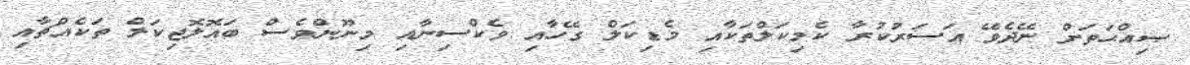
ޞިއްޙަތަށް ނޭދެވޭ އަސަރުކުރާ ކެމިކަލްތަކާއި މެޑިކަލް ގޭހާއި ވެކްސިނާއި މިނޫންވެސް ބައޮލޮޖިކަލް ތަކެއްޗާއި